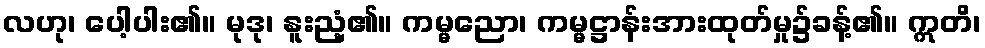
လဟု၊ ပေါ့ပါး၏။ မုဒု၊ နူးညံ့၏။ ကမ္မညော၊ ကမ္မဋ္ဌာန်းအားထုတ်မှု၌ခန့်၏။ ဣတိ၊